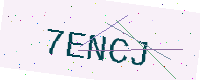
Text: 7ENCJ